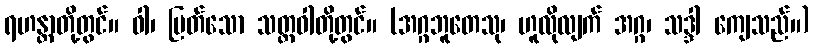
ရဟန္တာတို့တွင်။ ဝါ၊ မြတ်သော သတ္တဝါတို့တွင်။ (အဂ္ဂဘူတေသု၊ ဟူလိုလျက် အဂ္ဂ၊ သဒ္ဒါ ကျေသည်။)